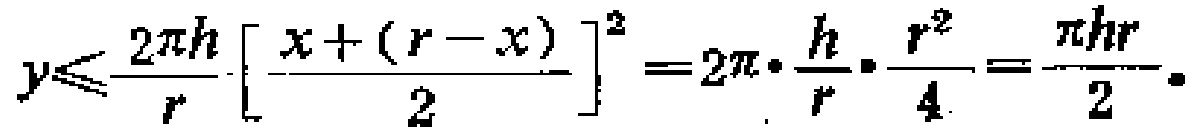
\(y\leqslant\frac{2\pi h}{r}\left[\frac{x+(r - x)}{2}\right]^{2}=2\pi\cdot\frac{h}{r}\cdot\frac{r^{2}}{4}=\frac{\pi hr}{2}。\)